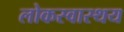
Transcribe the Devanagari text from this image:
लोकस्वास्थय